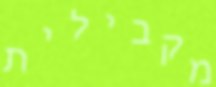
מקבילית